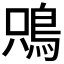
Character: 𩿦